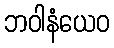
ဘဝါနံယေဝ